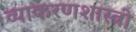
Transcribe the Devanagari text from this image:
व्याकरणशास्त्री